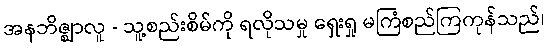
အနဘိဇ္ဈာလူ - သူ့စည်းစိမ်ကို ရလိုသမှု ရှေးရှု မကြံစည်ကြကုန်သည်၊